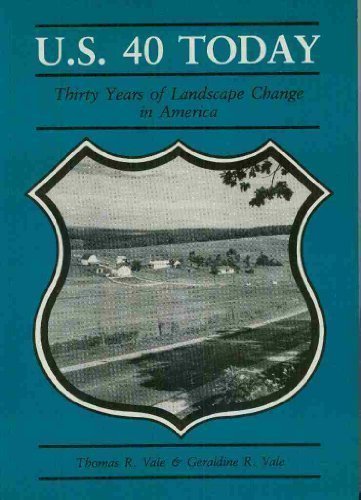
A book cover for U.S. 40 Today: Thirty Years of Landscape Change in America; Thomas R. Vale; Travel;